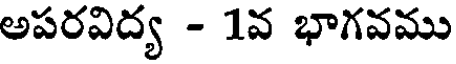
అపరవిద్య - 1వ భాగవము